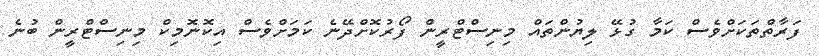
ފަރާތްތަކަށްވެސް ކަމާ ގުޅޭ ލިޔުންތައް މިނިސްޓްރީން ފޯރުކޮށްދޭނެ ކަމަށްވެސް އިކޮނޮމިކް މިނިސްޓްރީން ބުނެ